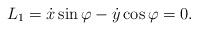
LaTeX: \begin{align*}L_1=\dot{x}\sin\varphi-\dot{y}\cos\varphi=0.\end{align*}